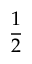
\frac { 1 } { 2 }